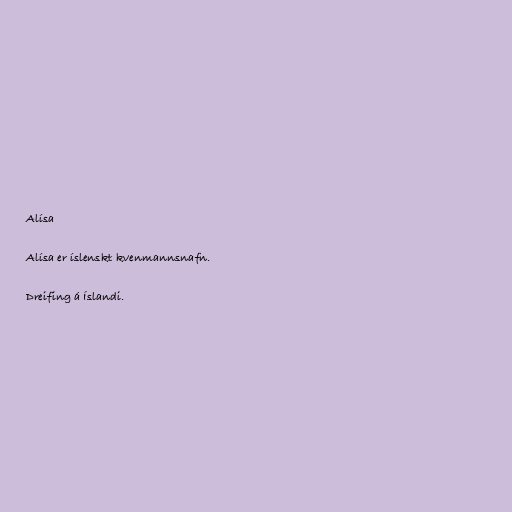
Alísa

Alísa er íslenskt kvenmannsnafn.

Dreifing á Íslandi.